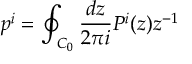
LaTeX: p ^ { i } = \oint _ { C _ { 0 } } \frac { d z } { 2 \pi i } P ^ { i } ( z ) z ^ { - 1 }